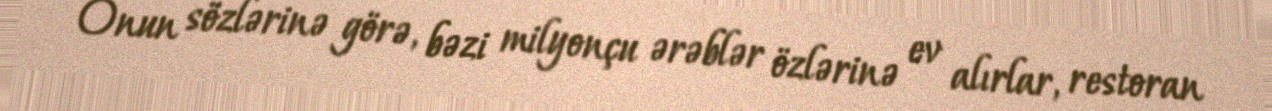
Onun sözlərinə görə, bəzi milyonçu ərəblər özlərinə ev alırlar, restoran